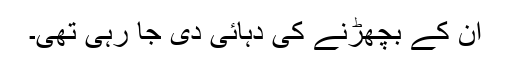
ان کے بچھڑنے کی دہائی دی جا رہی تھی۔